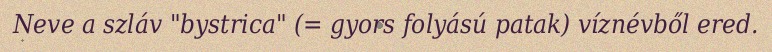
Neve a szláv "bystrica" (= gyors folyású patak) víznévből ered.